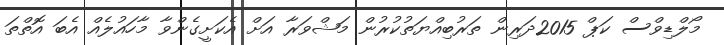
މޯލްޑިވްސް ކަޕް 2015ދަރިން ތަރުބިއްޔަތުކުރުން މަޝްވަރާ އަށް އެކަށީގެންވާ މާހައުލެއް އެބަ އޮތްތަ